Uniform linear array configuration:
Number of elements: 24
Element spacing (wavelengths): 0.25
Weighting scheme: kaiser
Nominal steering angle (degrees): -60
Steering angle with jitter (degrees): -59.477
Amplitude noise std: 0.05
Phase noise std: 0.05

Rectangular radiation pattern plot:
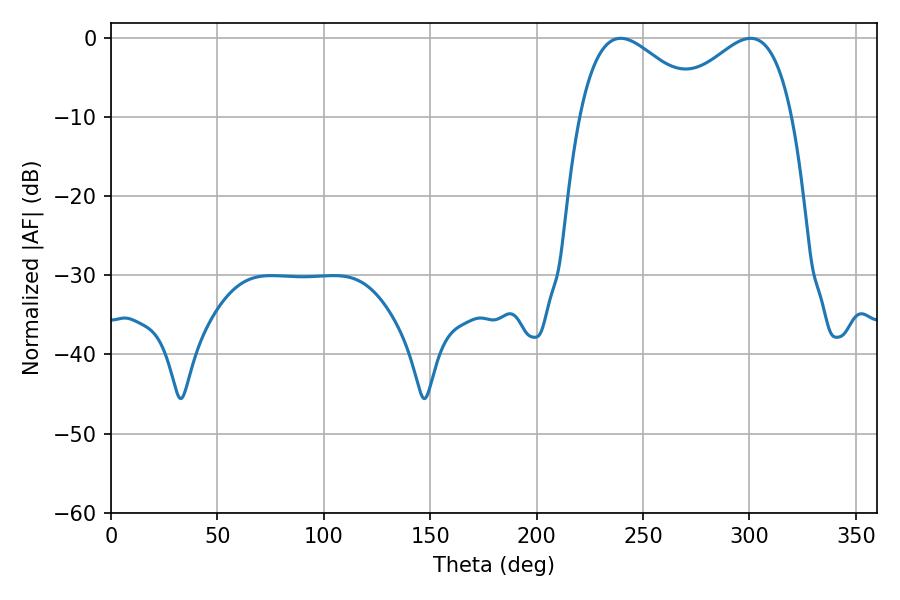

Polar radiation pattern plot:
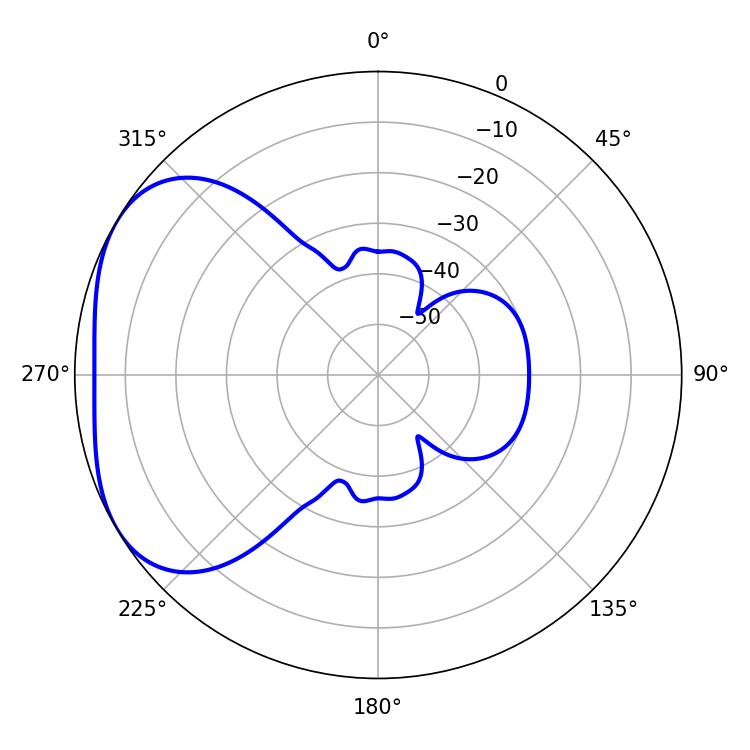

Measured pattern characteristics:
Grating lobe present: FALSE
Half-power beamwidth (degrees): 31.86
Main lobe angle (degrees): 239.58